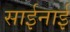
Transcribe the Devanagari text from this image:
साईनाई